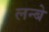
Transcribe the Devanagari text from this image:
लन्बे